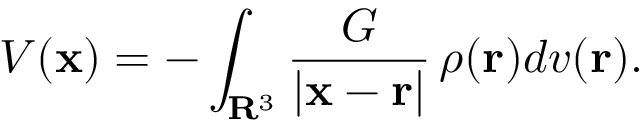
V ( \mathbf { x } ) = - \int _ { \mathbf { R } ^ { 3 } } { \frac { G } { | \mathbf { x } - \mathbf { r } | } } \, \rho ( \mathbf { r } ) d v ( \mathbf { r } ) .